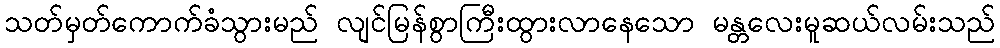
သတ်မှတ်ကောက်ခံသွားမည် လျင်မြန်စွာကြီးထွားလာနေသော မန္တလေးမူဆယ်လမ်းသည်